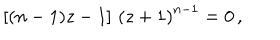
\left[ ( n - 1 ) z - 1 \right] \, \left( z + 1 \right) ^ { n - 1 } = 0 \, ,